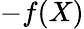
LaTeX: -f(X)